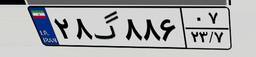
۱۳گ۰۴۵۴۹